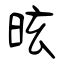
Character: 昡